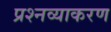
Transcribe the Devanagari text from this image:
प्रश्नव्याकरण